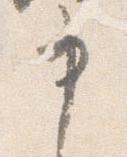
申